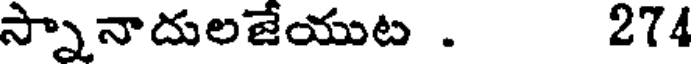
స్నానాదులజేయుట . 274